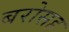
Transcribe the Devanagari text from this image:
बरोसह